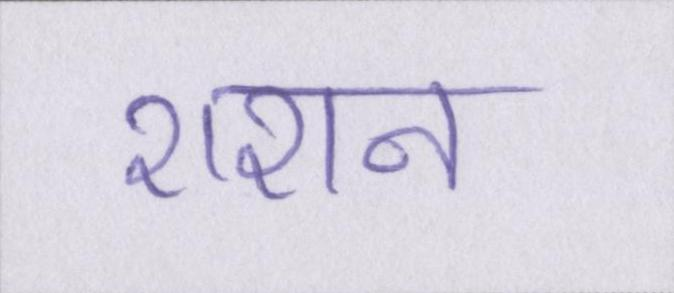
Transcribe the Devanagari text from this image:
राशन